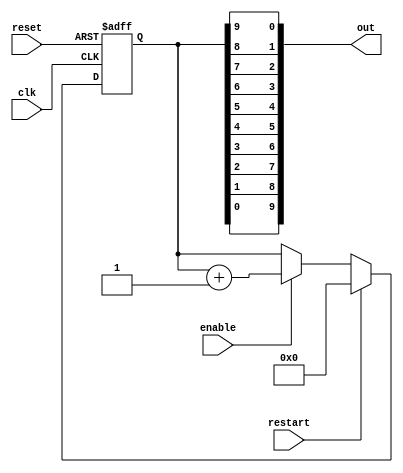
/*
 * This file was generated by the scsynth tool, and is availablefor use under
 * the MIT license. More information can be found at
 * https://github.com/arminalaghi/scsynth/
 */
module reversed_counter_10_bit_asd(//10 bit counter
	output [9:0] out,
	input enable, //When on, new state every clock cycle
	input restart, //Restart the LFSR at its seed state

	input reset,
	input clk
);
	reg [9:0] value;
	always @(posedge clk or posedge reset) begin
		if (reset) value <= 0;
		else if (restart) value <= 0;
		else if (enable) value = value + 1;
	end
	genvar i;
	generate
		for (i=0; i<10; i=i+1) assign out[i] = value[9-i];
	endgenerate
endmodule